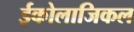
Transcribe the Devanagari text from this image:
ईकोलाजिकल